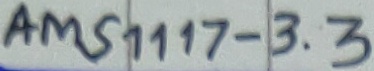
Text: AMS1117-3.3